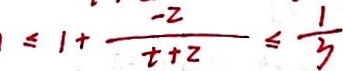
\leq 1 + \frac { - 2 } { t + 2 } \leq \frac { 1 } { 3 }